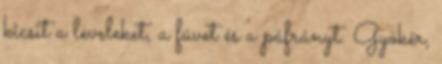
kicsit a leveleket, a füvet és a páfrányt. Gyökér,